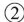
②